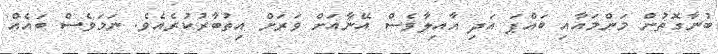
ބުނާގޮތުން މަންމައާއި ބައްޕަ އަދި އާއިލާވެސް އޭނާއަށް ވަރަށް އިތުބާރުކުރެއެވެ. ނަމަވެސް ބައެއް